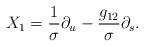
LaTeX: \begin{align*}X_1=\frac{1}{\sigma}\partial_u-\frac{g_{12}}{\sigma}\partial_s.\end{align*}